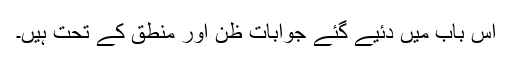
اس باب میں دئیے گئے جوابات ظن اور منطق کے تحت ہیں۔